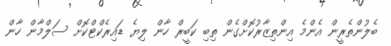
ބެލުންތެރީން އެންމެ އިންތިޒާރުކޮށްގެން ތިބި ކަބީރް ހާން ލިޔެ ޑައިރެކްޓްކޮށް ސަލްމާން ހާން